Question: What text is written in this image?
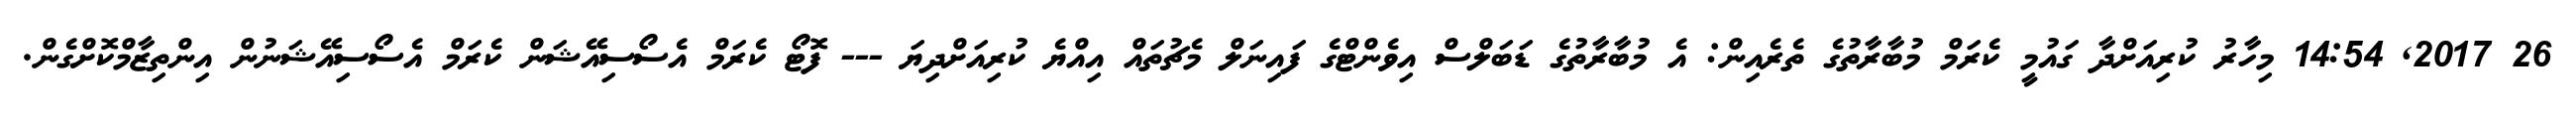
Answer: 26 2017, 14:54 މިހާރު ކުރިއަށްދާ ގައުމީ ކެރަމް މުބާރާތުގެ ތެރެއިން: އެ މުބާރާތުގެ ޑަބަލްސް އިވެންޓްގެ ފައިނަލް މެޗުތައް އިއްޔެ ކުރިއަށްދިޔަ --- ފޮޓޯ ކެރަމް އެސޯސިއޭޝަން ކެރަމް އެސޯސިއޭޝަނުން އިންތިޒާމްކޮށްގެން.